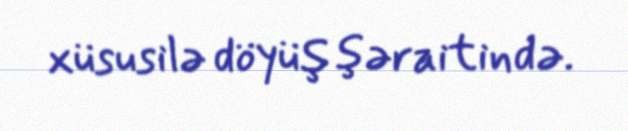
xüsusilə döyüş şəraitində.